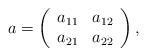
LaTeX: \begin{align*}a = \left(\begin{array}{cc}a_{11} & a_{12} \\a_{21} & a_{22}\end{array}\right),\end{align*}